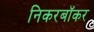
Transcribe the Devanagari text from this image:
निकरबॉकर